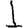
Digit: 1